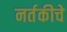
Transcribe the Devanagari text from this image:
नर्तकीचे